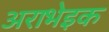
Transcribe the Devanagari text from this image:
अराभेइक